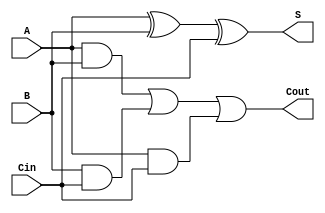
module full_adder(
    input A,
    input B,
    input Cin,
    output S,
    output Cout
);

// Behavioral modeling of full adder functionality
always @* begin
    S = A ^ B ^ Cin; // sum output is XOR of inputs
    Cout = (A & B) | (B & Cin) | (A & Cin); // carry output is OR of input combinations
end

endmodule